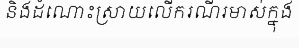
និងដំណោះស្រាយលើករណីរមាស់ក្នុង